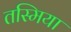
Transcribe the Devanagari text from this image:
तस्मिया